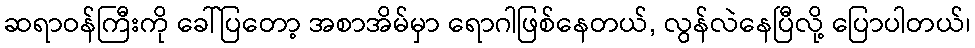
ဆရာဝန်ကြီးကို ခေါ်ပြတော့ အစာအိမ်မှာ ရောဂါဖြစ်နေတယ်, လွန်လဲနေပြီလို့ ပြောပါတယ်၊